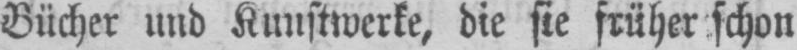
Bücher und Kunstwerke, die sie früher schon